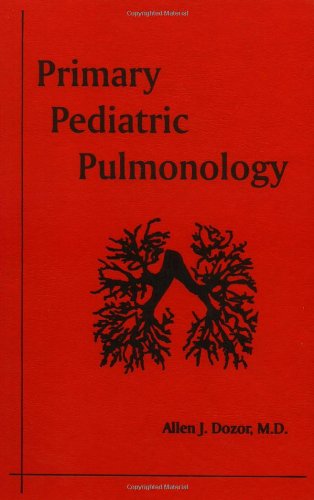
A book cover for Primary Pediatric Pulmonology; Allan J. Dozor; Health, Fitness & Dieting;